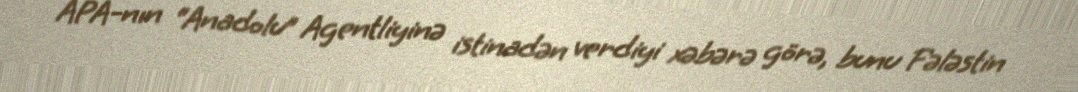
APA-nın “Anadolu” Agentliyinə istinadən verdiyi xəbərə görə, bunu Fələstin